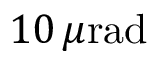
1 0 \, \mu \mathrm { r a d }